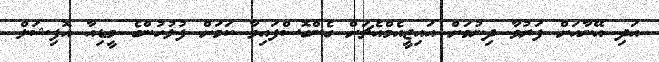
އަދި އޭނާއަށް ފަރުވާ ދިނުމަށް އައިޖީއެމްއެޗަށް ގެންގޮސްފައިވާ ކަމަށް ފުލުހުންގެ މީޑިއާ އޮފިޝަލް